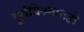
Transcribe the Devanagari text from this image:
दुर्गविश्र्वातही